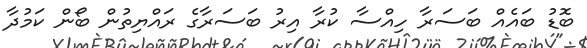
ބޮޑު ބައެއް ބަސަރާ ހިއްސާ ކުރާ އިރު ބަސަރާގެ ރައްޔިތުން ބޯން ކަމުދާ